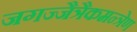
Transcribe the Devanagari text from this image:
जगज्जैत्रैकमन्त्रेण